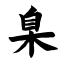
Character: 臬